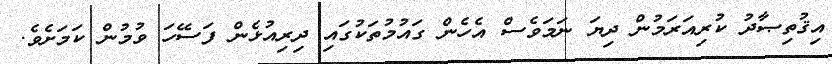
އިޤުތިޞާދު ކުރިއަރަމުން ދިޔަ ނަމަވެސް އެހެން ގައުމުތަކުގައި ދިރިއުޅެން ފަސޭހަ ވުމުން ކަމަށެވެ.